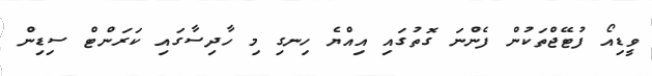
ވީޑިއޯ ފުޓޭޖްތަކުން ފެންނަ ގޮތުގައި އިއްޔެ ހިނގި މި ހާދިސާގައި ކަރަންޓް ސިޑިން